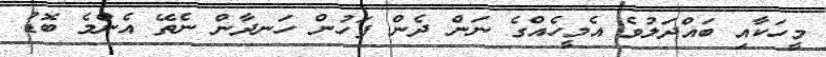
މީހަކާއި ބައްދަލުވެ އެމީހެއްގެ ނަން ދެން ފަހުން ހަނދާން ނެތޭ އެންމެ ބޮޑު